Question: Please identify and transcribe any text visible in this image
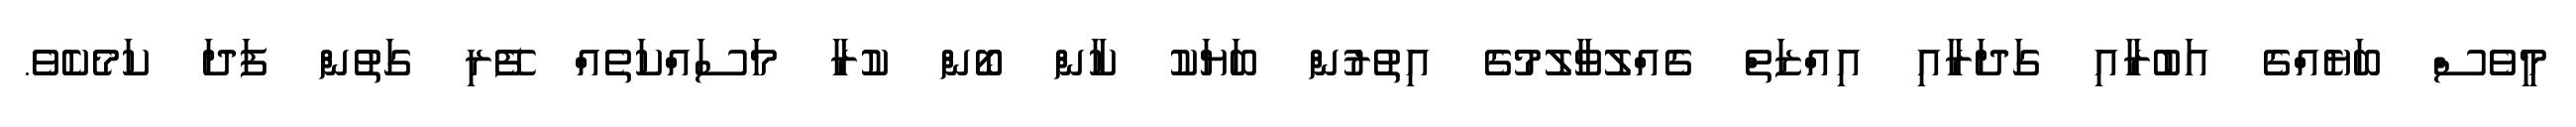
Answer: މީވެސް ބަޔެއްގެ އަބުރާއި ގަދަރާއި އިއްޒަތް ގެއްލުވާލުމުގެ އިތުރުން ބަޔަކު ކާން ބޯން ކުރާ މަސައްކަތެއް ފޭރި ގަތުން ފަދަ ކަމެކެވެ.